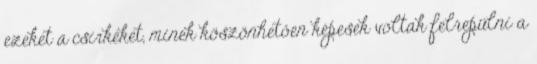
ezeket a csirkéket, minek köszönhetően képesek voltak felrepülni a